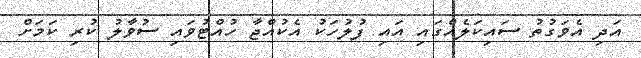
އަދި އެވަގުތު ސައިކަލެއްގައި އައި ފުލުހަކު އެކުއްޖާ ހުއްޓުވައި ސުވާލު ކުރި ކަމަށް